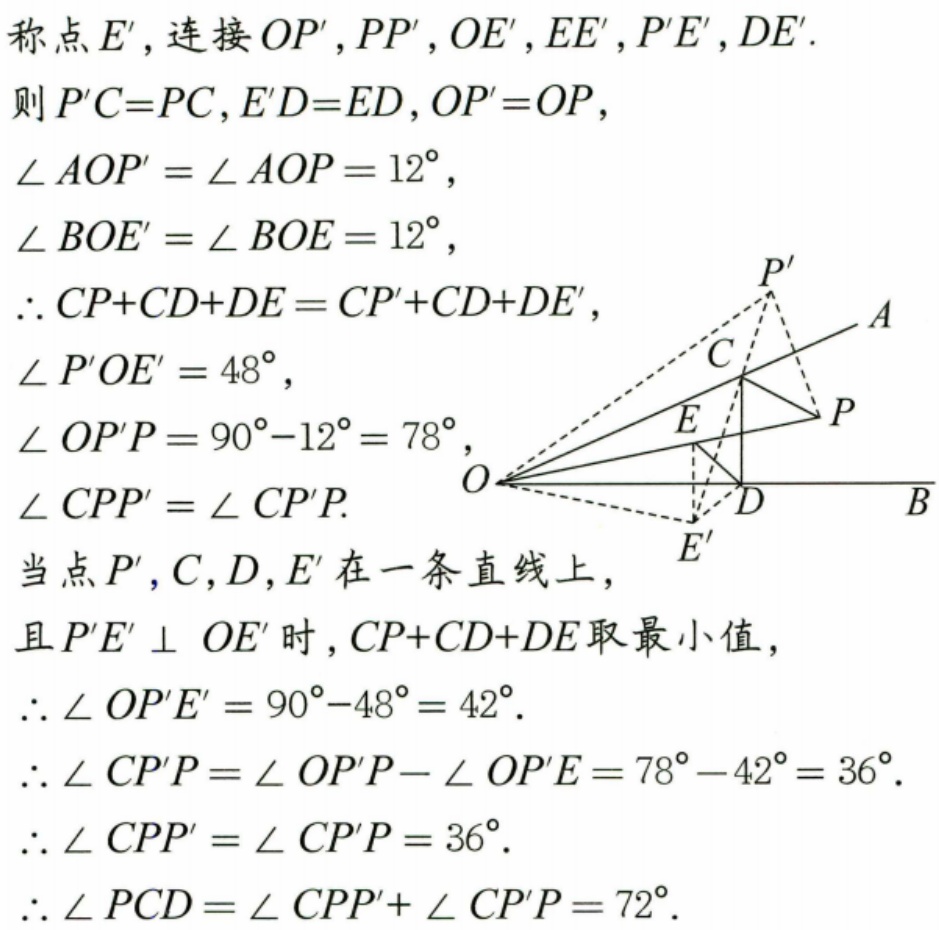
称点 \(E'\)，连接 \(OP'\)，\(PP'\)，\(OE'\)，\(EE'\)，\(P'E'\)，\(DE'\).
则 \(P'C = PC\)，\(E'D = ED\)，\(OP' = OP\)，
\(\angle AOP'=\angle AOP = 12^{\circ}\)，
\(\angle BOE'=\angle BOE = 12^{\circ}\)，
\(\therefore CP + CD + DE=CP'+CD + DE'\)，
\(\angle P'OE' = 48^{\circ}\)，
\(\angle OP'P = 90^{\circ}-12^{\circ}=78^{\circ}\)，
\(\angle CPP'=\angle CP'P\).
当点 \(P'\)，\(C\)，\(D\)，\(E'\) 在一条直线上，
且 \(P'E'\perp OE'\) 时，\(CP + CD + DE\) 取最小值，
\(\therefore\angle OP'E' = 90^{\circ}-48^{\circ}=42^{\circ}\).
\(\therefore\angle CP'P=\angle OP'P-\angle OP'E = 78^{\circ}-42^{\circ}=36^{\circ}\).
\(\therefore\angle CPP'=\angle CP'P = 36^{\circ}\).
\(\therefore\angle PCD=\angle CPP'+\angle CP'P = 72^{\circ}\).